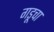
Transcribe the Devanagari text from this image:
गडूचा